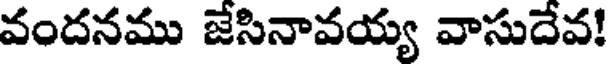
వందనము జేసినావయ్య వాసుదేవ!